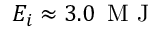
E _ { i } \approx 3 . 0 \, \mathrm { ~ M ~ J ~ }